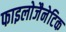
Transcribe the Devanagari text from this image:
फाइलोजैनेटिक